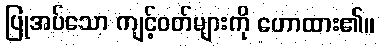
ပြုအပ်သော ကျင့်ဝတ်များကို ဟောထား၏။